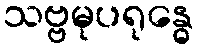
သဗ္ဗမုပရုန္ဓေ